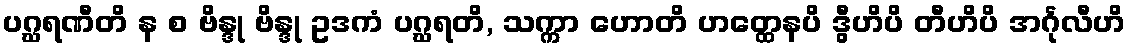
ပဂ္ဃရဏီတိ န စ ဗိန္ဒု ဗိန္ဒု ဥဒကံ ပဂ္ဃရတိ, သက္ကာ ဟောတိ ဟတ္ထေနပိ ဒွီဟိပိ တီဟိပိ အင်္ဂုလီဟိ